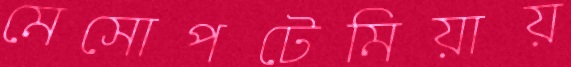
মেসোপটেমিয়ায়